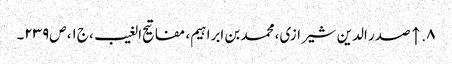
۸. ↑ صدر الدین شیرازی، محمد بن ابراہیم‌، مفاتیح الغیب، ج‌۱، ص‌۲۳۹۔